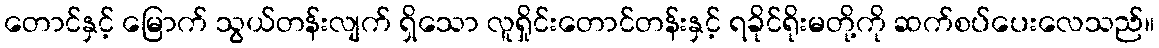
တောင်နှင့် မြောက် သွယ်တန်းလျက် ရှိသော လူရှိုင်းတောင်တန်းနှင့် ရခိုင်ရိုးမတို့ကို ဆက်စပ်ပေးလေသည်။